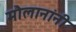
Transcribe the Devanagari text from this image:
मौलानांनी